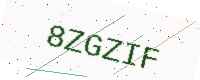
Text: 8ZGZIF